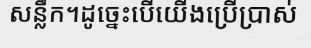
សន្លឹក។ដូច្នេះបើយើងប្រើប្រាស់